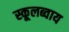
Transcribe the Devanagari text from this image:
स्कूलब्वाय